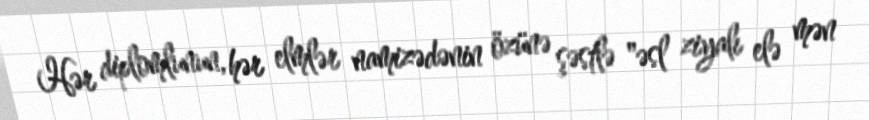
Hər diplomlunun, hər elmlər namizədənin özünə şəstlə "əsl ziyalı elə mən